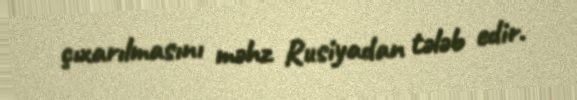
çıxarılmasını məhz Rusiyadan tələb edir.